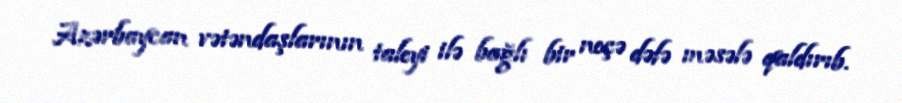
Azərbaycan vətəndaşlarının taleyi ilə bağlı bir neçə dəfə məsələ qaldırıb.